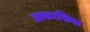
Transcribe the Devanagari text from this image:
अकाद्मिक